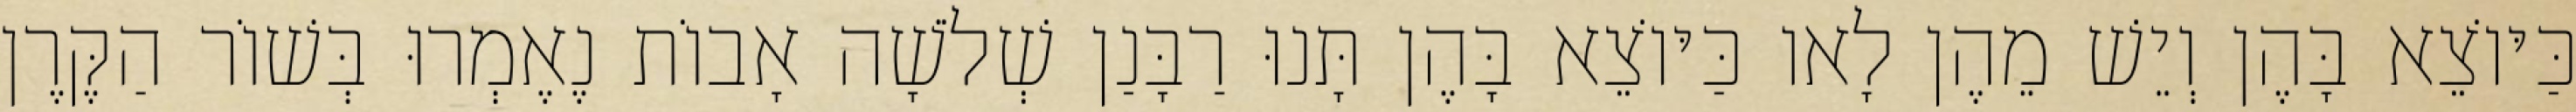
כַּיּוֹצֵא בָּהֶן וְיֵשׁ מֵהֶן לָאו כַּיּוֹצֵא בָּהֶן תָּנוּ רַבָּנַן שְׁלֹשָׁה אָבוֹת נֶאֶמְרוּ בְּשׁוֹר הַקֶּרֶן